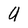
Character: U